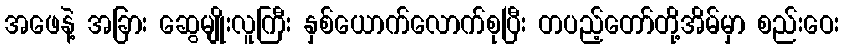
အဖေနဲ့ အခြား ဆွေမျိုးလူကြီး နှစ်ယောက်လောက်စုပြီး တပည့်တော်တို့အိမ်မှာ စည်းဝေး